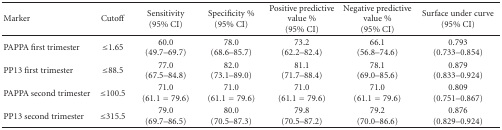
<table><thead><tr><td><b>Marker</b></td><td><b>Cutoff</b></td><td><b> Sensitivity (95% CI)</b></td><td><b>Specificity % (95% CI)</b></td><td><b>Positive predictive value % (95% CI)</b></td><td><b>Negative predictive value %(95% CI)</b></td><td><b>Surface under curve (95% CI)</b></td></tr></thead><tbody><tr><td>PAPPA first trimester</td><td>≤1.65</td><td>60.0 (49.7–69.7)</td><td>78.0 (68.6–85.7)</td><td>73.2 (62.2–82.4)</td><td>66.1 (56.8–74.6)</td><td>0.793 (0.733–0.854)</td></tr><tr><td>PP13 first trimester</td><td>≤88.5</td><td>77.0 (67.5–84.8)</td><td>82.0 (73.1–89.0)</td><td>81.1 (71.7–88.4)</td><td>78.1 (69.0–85.6)</td><td>0.879 (0.833–0.924)</td></tr><tr><td>PAPPA second trimester</td><td>≤100.5</td><td>71.0 (61.1 = 79.6)</td><td>71.0 (61.1 = 79.6)</td><td>71.0 (61.1 = 79.6)</td><td>71.0 (61.1 = 79.6)</td><td>0.809 (0.751–0.867)</td></tr><tr><td>PP13 second trimester</td><td>≤315.5</td><td>79.0 (69.7–86.5)</td><td>80.0 (70.5–87.3)</td><td>79.8 (70.5–87.2)</td><td>79.2 (70.0–86.6)</td><td>0.876 (0.829–0.924)</td></tr></tbody></table>